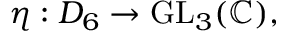
\eta : D _ { 6 } \to { \mathrm { G L } } _ { 3 } ( \mathbb { C } ) ,